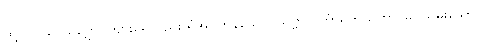
ထို့ပြင်။ ဝေယဂ္ဃော၊ ကျားရေလည်း ရံအပ်ကုန်သော။ သဗ္ဗာလင်္ကာရဘူသိတာ၊ ခပ်သိမ်းသော